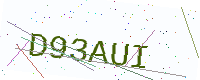
Text: D93AUI